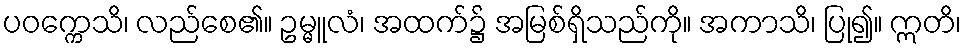
ပဝက္ကေသိ၊ လည်စေ၏။ ဥမ္မူလံ၊ အထက်၌ အမြစ်ရှိသည်ကို။ အကာသိ၊ ပြု၍။ ဣတိ၊